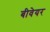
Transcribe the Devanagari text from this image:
बीवेयर